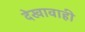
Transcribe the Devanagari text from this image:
देखावाही